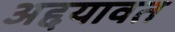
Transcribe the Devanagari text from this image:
अद्दयावत